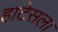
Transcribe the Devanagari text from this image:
हाटेसला